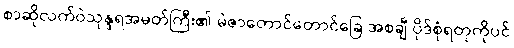
စာဆိုလက်ဝဲသုန္ဒရအမတ်ကြီး၏ မဲဇာတောင်တောင်ခြေ အစချီ ပိုဒ်စုံရတုကိုပင်